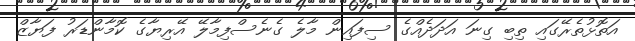
އަތޮޅުތެރޭގައި ތިބި ގިނަ އަދަދެއްގެ ސިފައިން މާލެ ގެނެސްފިމާލޭ އޭރިޔާގެ ކޮމާންޑަރު ފަޔާޒް